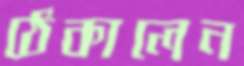
ঠেকালেন